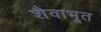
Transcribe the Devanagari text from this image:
शैवाभूत